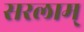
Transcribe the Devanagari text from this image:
सरलाम्